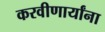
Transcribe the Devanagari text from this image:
करवीणार्यांना